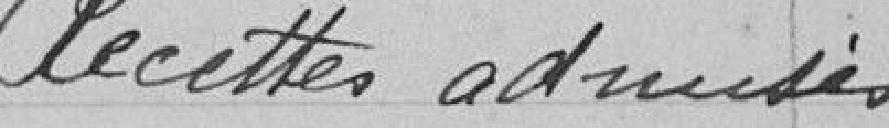
Recettes admises